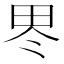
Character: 𱰪